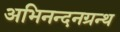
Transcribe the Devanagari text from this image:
अभिनन्दनग्रन्थ